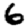
Digit: 6